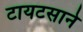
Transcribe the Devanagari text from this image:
टायटसाने